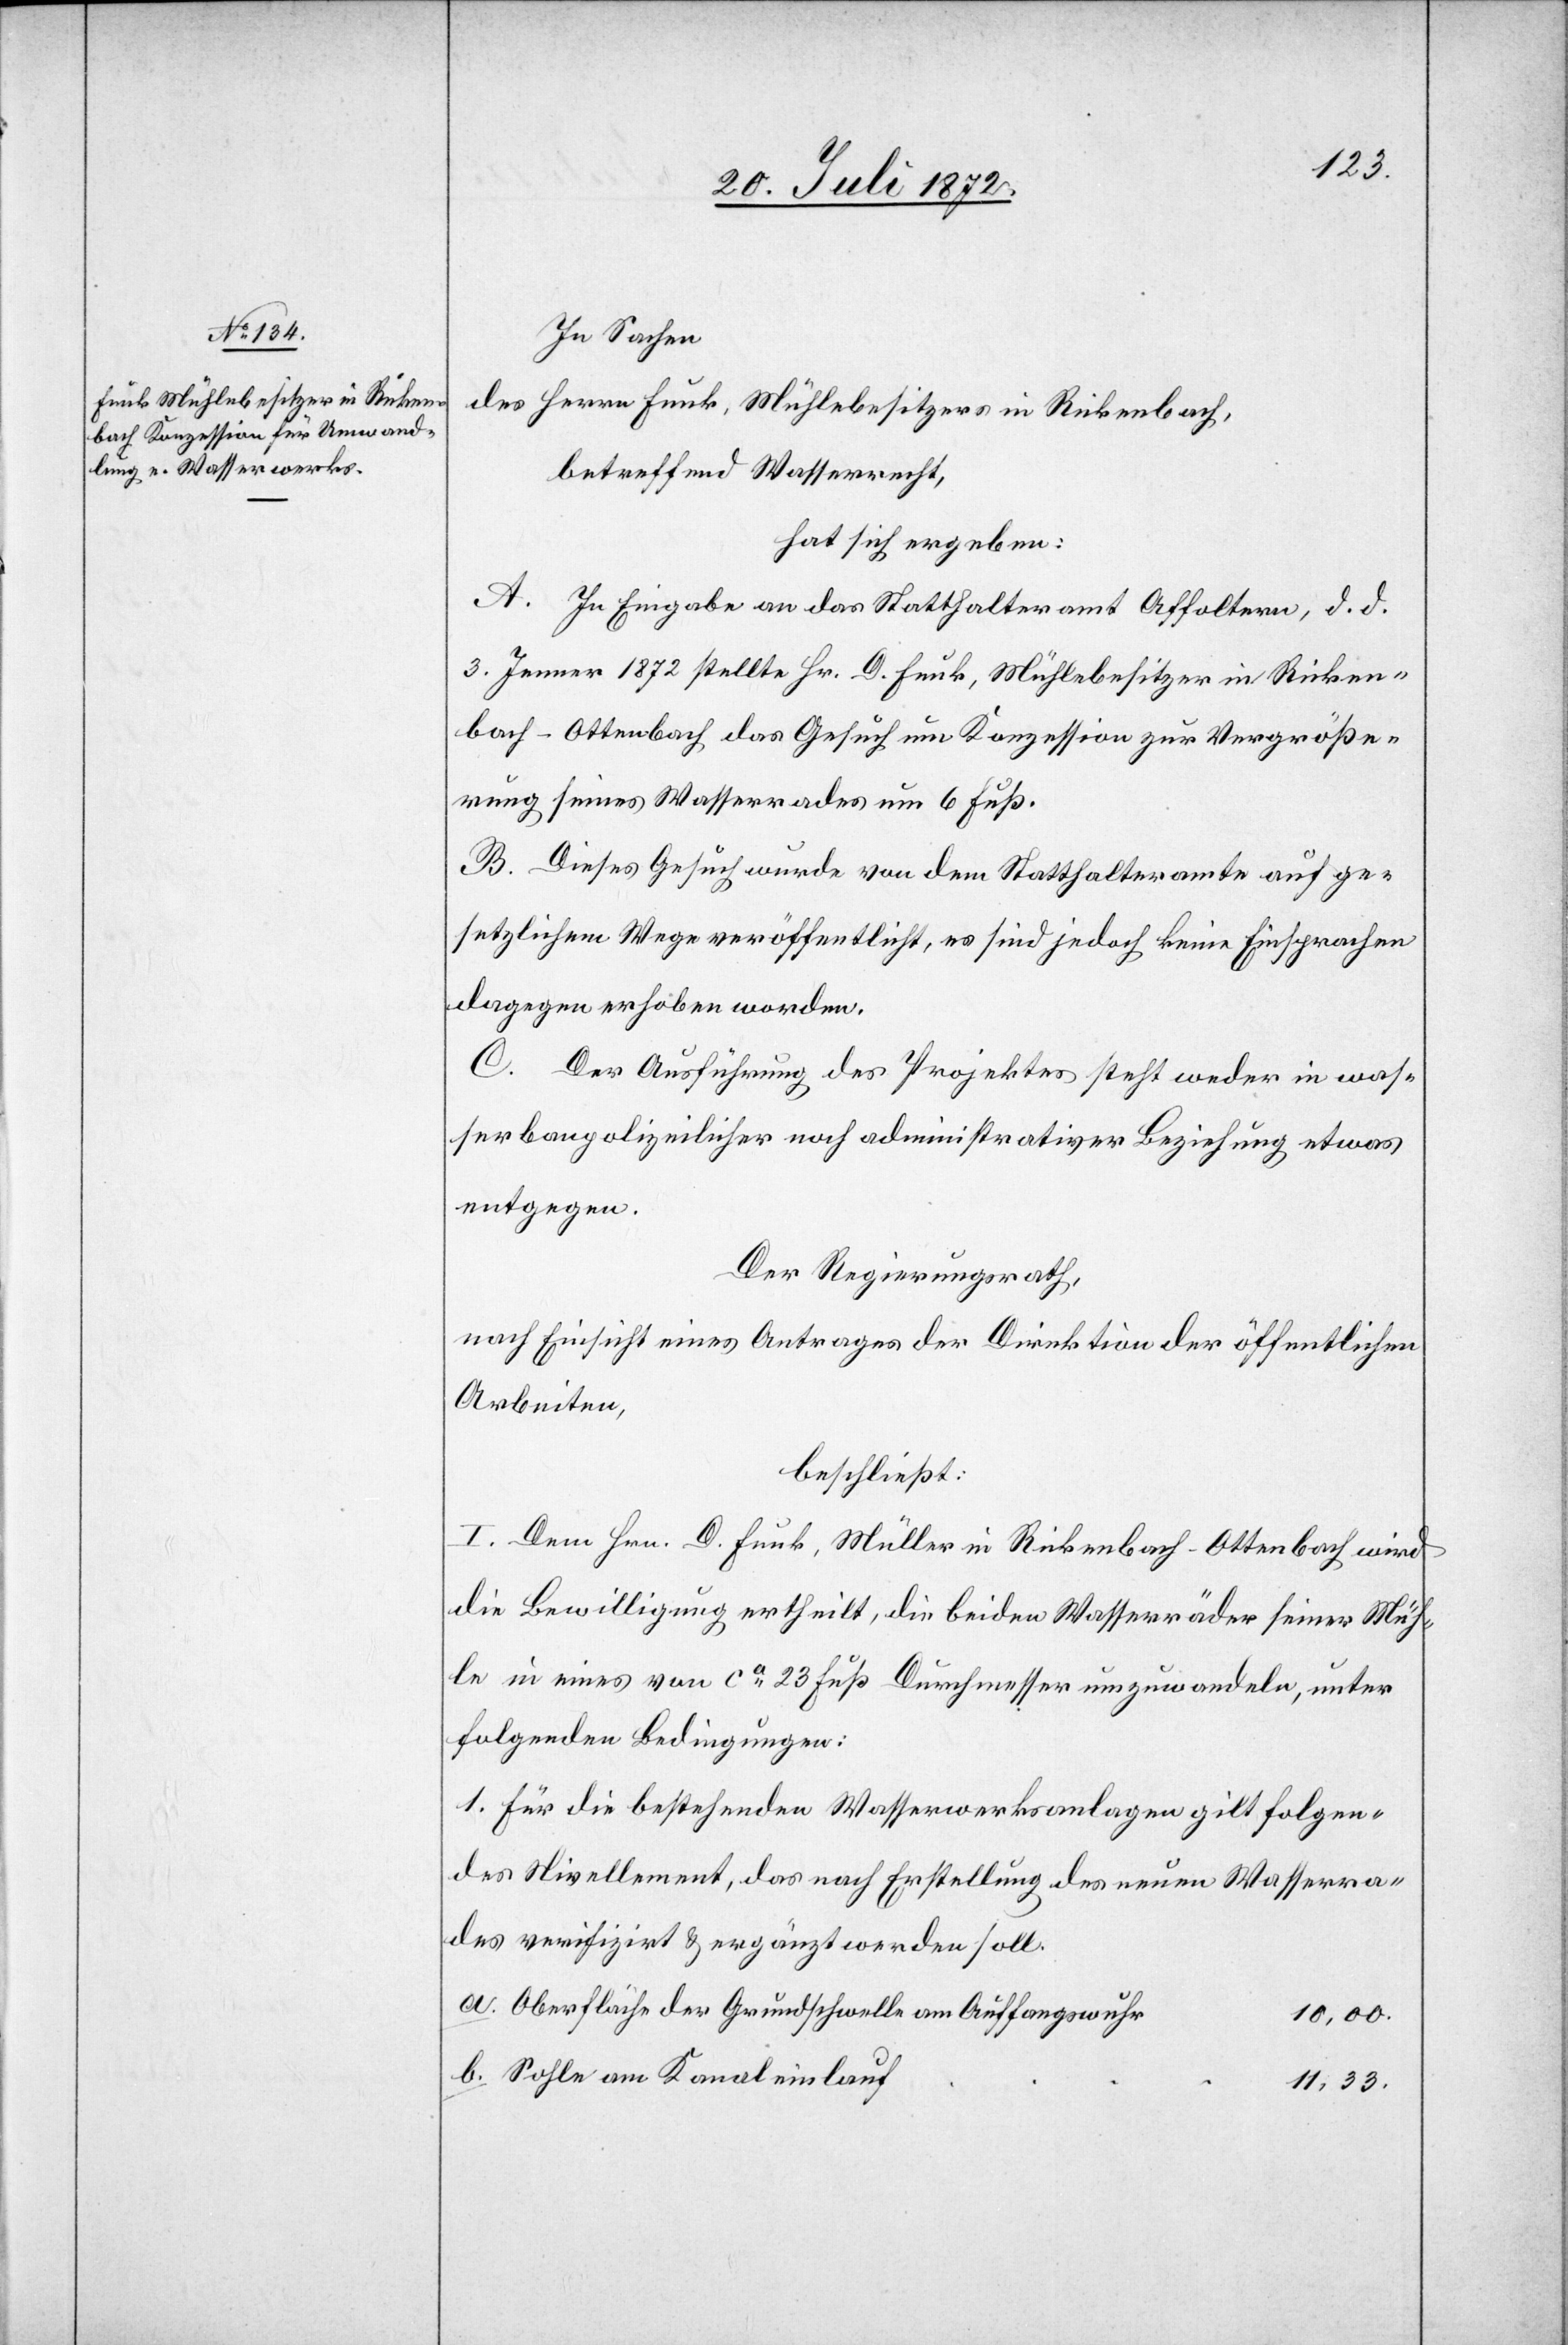
In Sachen
des Herrn Funk, Mühlebesitzer in Rickenbach,
betreffend Wasserrecht,
hat sich ergeben:
A. In Eingabe an das Statthalteramt Affoltern, d. d.
3. Jenner 1872 stellte Hr. D. Funk, Mühlebesitzer in Ricken¬
bach-Ottenbach das Gesuch um Konzession zur Vergröße¬
rung seines Wasserrades um 6 Fuß.
B. Dieses Gesuch wurde von dem Statthalteramte auf ge¬
setzlichem Wege veröffentlicht, es sind jedoch keine Einsprachen
dagegen erhoben worden.
C. Der Ausführung des Projektes steht weder in was¬
serbaupolizeilicher noch administrativer Beziehung etwas
entgegen.
Der Regierungsrath,
nach Einsicht eines Antrages der Direktion der öffentlichen
Arbeiten,
beschließt:
I. Dem Hrn. D. Funk, Müller in Rickenbach-Ottenbach wird
die Bewilligung ertheilt, die beiden Wasserräder seiner Müh¬
le in eines von ca 23 Fuß Durchmesser umzuwandeln, unter
folgenden Bedingungen:
1. Für die bestehenden Wasserwerksanlagen gilt folgen¬
des Nivellement, das nach Erstellung des neuen Wasserra¬
des verifizirt u. ergänzt werden soll.
Oberfläche der Grundschwelle am Auffangswuhr
10,00.
Sohle am Kanaleinlauf
11,33.